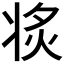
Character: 𱭗